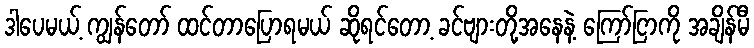
ဒါပေမယ့် ကျွန်တော် ထင်တာပြောရမယ် ဆိုရင်တော့ ခင်ဗျားတို့အနေနဲ့ ကြော်ငြာကို အချိန်မီ